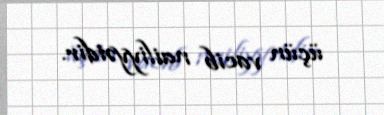
üçün vacib nailiyyətdir.